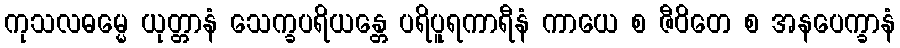
ကုသလဓမ္မေ ယုတ္တာနံ သေက္ခပရိယန္တေ ပရိပူရကာရီနံ ကာယေ စ ဇီဝိတေ စ အနပေက္ခာနံ